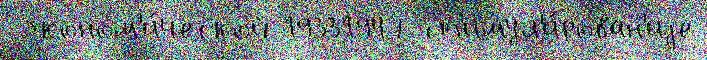
 эконом'и́ческой 19331947 ст'имул'и́рован'иjе